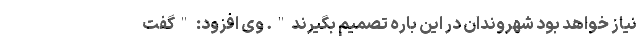
نیاز خواهد بود شهروندان در این باره تصمیم بگیرند". وی افزود: "گفت